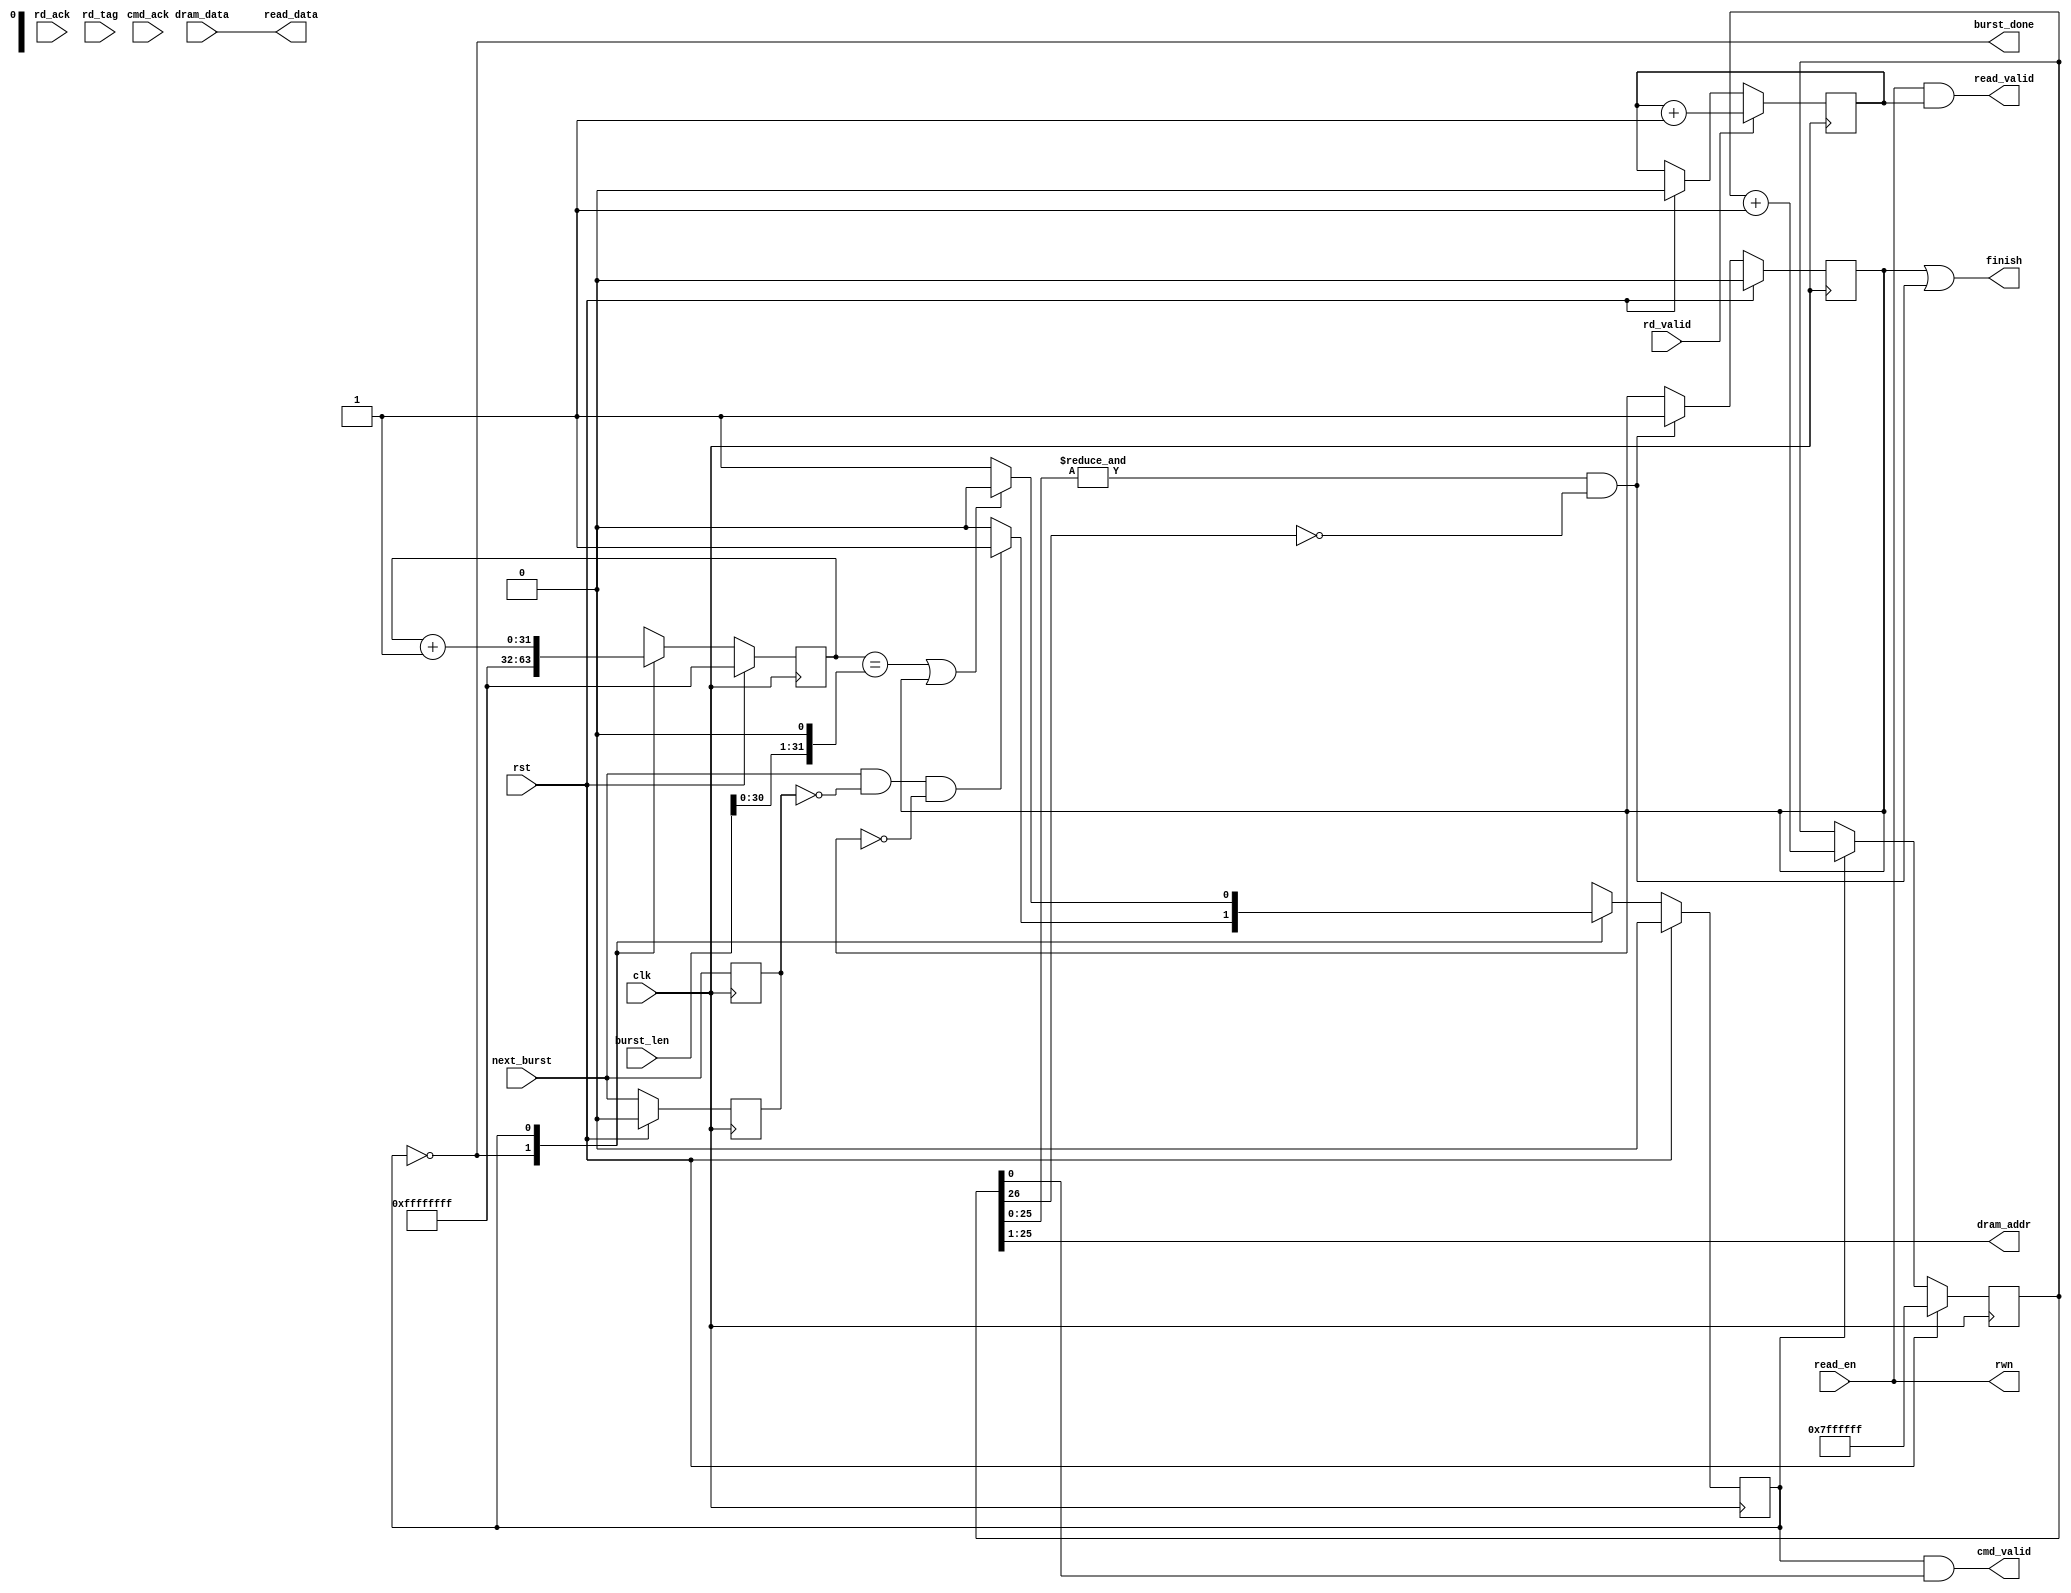
module roach_dram_read #(
    parameter ADDR_WIDHT = 25
) (
    input wire clk,
    input wire rst,

    input wire read_en,
    input wire [31:0] burst_len,    //32 words is the minimum recommended
    input wire next_burst,          //rising edge starts a reading of burst_len
    output wire burst_done,
    output wire finish,

    //goes to input dram
    output wire [ADDR_WIDHT-1:0] dram_addr,
    output wire rwn, 
    output wire cmd_valid,

    //goes to output dram
    input wire rd_ack,  //dont care
    input wire cmd_ack, //dont care
    input wire [287:0] dram_data,
    input wire rd_tag,  //dont care
    input wire rd_valid,

    //goes to any other module
    output wire [287:0] read_data,
    output wire read_valid
);

/*
    To read from the dram:
    1) set rwn at high
    2) toggle the cmd_valid from 0-1
    3) keep the address while toggle
    4) After an undetermined number of cycles the dram will respond and 
       there will be a high value in the rd_valid. The data will be in order
       but again its the same value for two cycles.
    
    For performance is better to read in burst (to take advantage of the banks)
*/

//DRAM inputs


localparam IDLE = 0,
           READING =1;

reg state=0, next_state=0;
always@(posedge clk)begin
    next_burst_r <= next_burst;
    if(rst)
        state <= IDLE;
    else
        state <= next_state;
end

always@(*)begin
    case(state)
        IDLE:begin
            if((next_burst & ~next_burst_r) & ~finish_r)  next_state = READING;
            else                            next_state = IDLE;
        end
        READING:begin
            if((burst_count == ((burst_len<<1))) | finish_r)  next_state = IDLE;
            else                                next_state = READING;
        end
    endcase
end

reg [ADDR_WIDHT+1:0] addr_count=0;
reg [31:0] burst_count=0;
reg next_burst_r=0;
reg finish_r=0;

always@(posedge clk)begin
    if(rst)begin
        addr_count<={(ADDR_WIDHT+2){1'b1}};
        burst_count <= {(32){1'b1}};
        next_burst_r <=0;
    end
    else begin
        next_burst_r <= next_burst;
        case(state)
            IDLE:begin
                burst_count <= {(32){1'b1}};
            end
            READING:begin
                burst_count <= burst_count+1;
                addr_count <= addr_count+1;
            end
        endcase
    end
end

assign dram_addr = addr_count[ADDR_WIDHT:1];
assign cmd_valid = (state==READING) & addr_count[0];    //check... otherwise use a reg in the state case
assign rwn = read_en;

//DRAM outputs

reg rd_valid_r=0;
always@(posedge clk)begin
    if(rst)
        rd_valid_r <=0;
    if(rd_valid)
        rd_valid_r <= rd_valid_r+1;
end

assign read_data = dram_data;   //check.. i think it needs a delay
assign read_valid = read_en & rd_valid_r;   //check in hw!!!

always@(posedge clk)begin
    if(rst)
        finish_r <= 0;
    else if((&addr_count[ADDR_WIDHT:0]) & ~addr_count[ADDR_WIDHT+1])
        finish_r <=1;
end

//

//To other modules
assign finish = finish_r | ((&addr_count[ADDR_WIDHT:0]) & ~addr_count[ADDR_WIDHT+1]) ;
assign burst_done = (state==IDLE);

endmodule